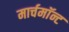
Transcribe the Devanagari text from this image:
मार्चमाॅन्ट